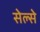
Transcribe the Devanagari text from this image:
सेल्से